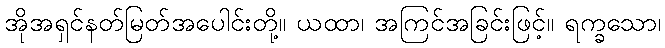
အိုအရှင်နတ်မြတ်အပေါင်းတို့။ ယထာ၊ အကြင်အခြင်းဖြင့်။ ရက္ခသော၊